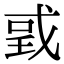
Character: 戜